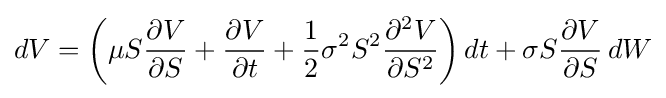
dV=\left(\mu S{\frac {\partial V}{\partial S}}+{\frac {\partial V}{\partial t}}+{\frac {1}{2}}\sigma ^{2}S^{2}{\frac {\partial ^{2}V}{\partial S^{2}}}\right)dt+\sigma S{\frac {\partial V}{\partial S}}\,dW